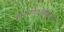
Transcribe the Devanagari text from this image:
मैनिन्गोवस्क्युलर